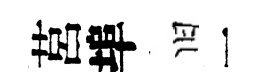
莒埠旧一